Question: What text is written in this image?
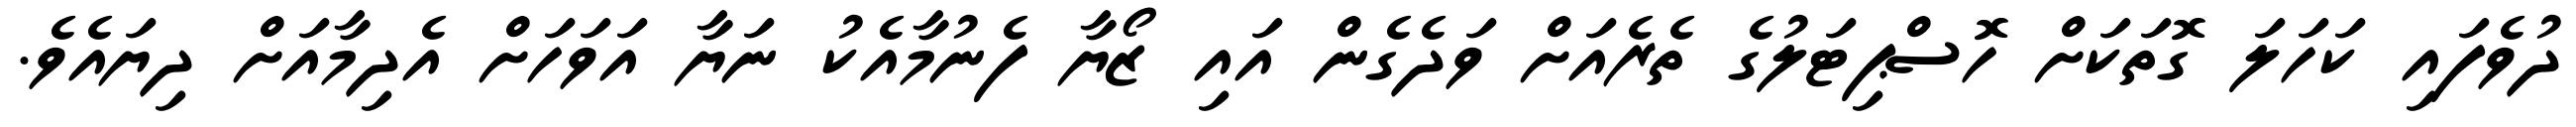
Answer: ދުވެފައި ކަހަލަ ގޮތަކަށް ހޮސްޕިޓަލުގެ ތެރެއަށް ވަދެގެން އައި ޒޯޔާ ފެނުމާއެކު ނަޔާ އަވަހަށް އެދިމާއަށް ދިޔައެވެ.